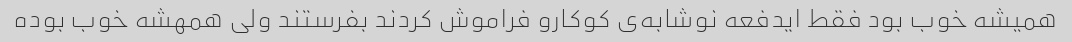
همیشه خوب بود فقط ایدفعه نوشابه‌ی کوکارو فراموش کردند بفرستند ولی همهشه خوب بوده